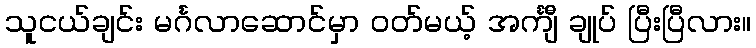
သူငယ်ချင်း မင်္ဂလာဆောင်မှာ ဝတ်မယ့် အင်္ကျီ ချုပ် ပြီးပြီလား။